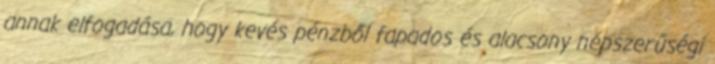
annak elfogadása, hogy kevés pénzből fapados és alacsony népszerűségi